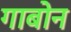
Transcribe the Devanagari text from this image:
गाबोन